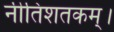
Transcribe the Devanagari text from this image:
नीतिशतकम्।